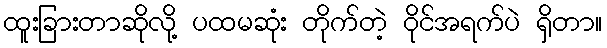
ထူးခြားတာဆိုလို့ ပထမဆုံး တိုက်တဲ့ ဝိုင်အရက်ပဲ ရှိတာ။